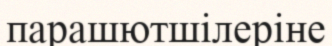
парашютшілеріне